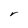
Character: r